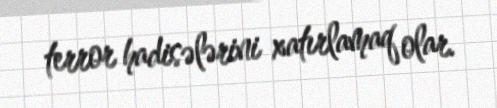
terror hadisələrini xatırlamaq olar.